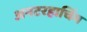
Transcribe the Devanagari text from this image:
अनटरहाचिंग